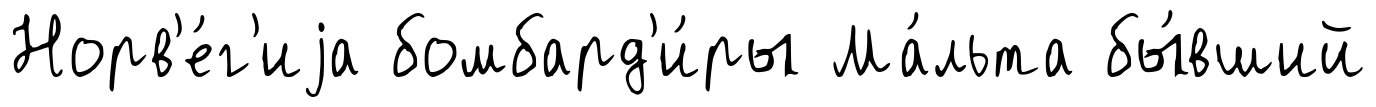
Норв'е́г'иjа бомбард'и́ры Ма́льта бы́вший